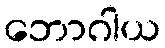
ဘောဂါယ